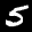
Label: 5